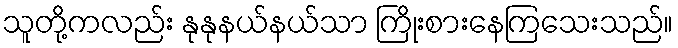
သူတို့ကလည်း နုနုနယ်နယ်သာ ကြိုးစားနေကြသေးသည်။